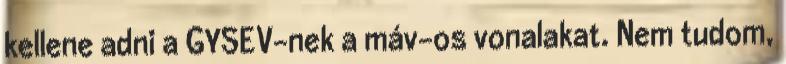
kellene adni a GYSEV-nek a máv-os vonalakat. Nem tudom,